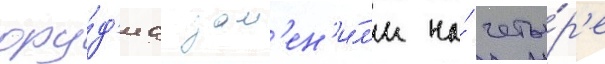
ору́д'иа зам'ен'и́л'и на́ четы́р'е